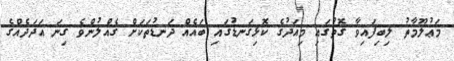
މަޢުލޫމާތު ލިބިފައިވާ ގޮތުގައި މިއަދުގެ ކޮޅިގަނޑުގައި ބައެއް ދަނޑުތަކަށް ގެއްލުންވެ ގިނަ އަދަދެއްގެ